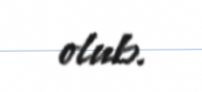
olub.